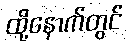
ထို့နောက်တွင်